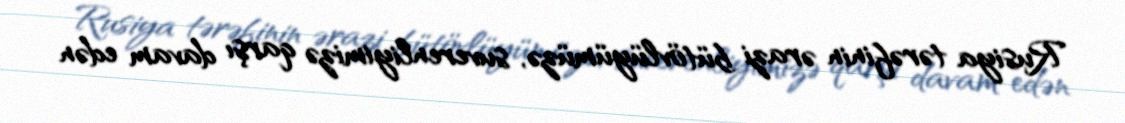
Rusiya tərəfinin ərazi bütövlüyümüzə, suverenliyimizə qarşı davam edən